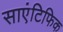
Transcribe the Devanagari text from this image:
साएंटिफिक